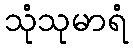
သုံသုမာရံ